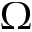
\Omega